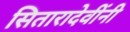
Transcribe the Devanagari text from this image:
सितारादेवींनी